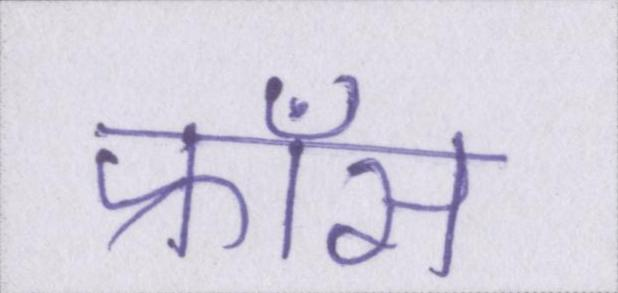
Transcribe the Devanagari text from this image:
फ्राँस